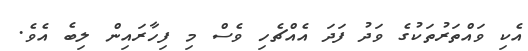
އެކި ވައްތަރުތަކުގެ ވަދު ފަދަ އެއްޗެހި ވެސް މި ފިހާރައިން ލިބެ އެވެ.